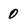
Character: 0